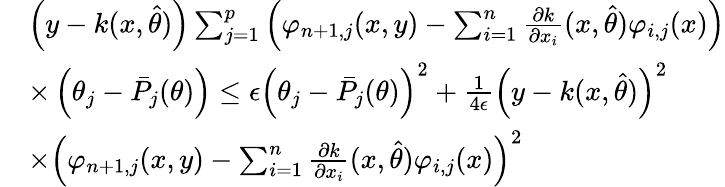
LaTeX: \begin{array}{rl}&{\left(y-k(x,\hat{\theta})\right)\sum_{j=1}^{p}\left(\varphi_{n+1,j}(x,y)-\sum_{i=1}^{n}\frac{\partial k}{\partial x_{i}}(x,\hat{\theta})\varphi_{i,j}(x)\right)}\\ &{\times\left(\theta_{j}-\bar{P}_{j}(\theta)\right)\leq\epsilon\left(\theta_{j}-\bar{P}_{j}(\theta)\right)^{2}+\frac{1}{4\epsilon}\left(y-k(x,\hat{\theta})\right)^{2}}\\ &{\times\left(\varphi_{n+1,j}(x,y)-\sum_{i=1}^{n}\frac{\partial k}{\partial x_{i}}(x,\hat{\theta})\varphi_{i,j}(x)\right)^{2}}\end{array}